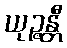
ယုဉ္ဇန္တီ